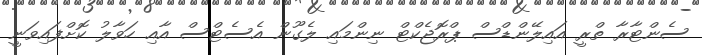
ސެންޓާރާ ތްރީ އައިލޭންޑްސް ޕްރޮޖެކްޓް ނިންމައި ލެގޫން އެސެޓްސް އާއި ހަވާލު ކޮށްފައިވަނީ